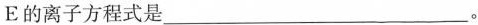
E的离子方程式是___。